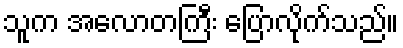
သူက အလောတကြီး ပြောလိုက်သည်။